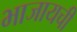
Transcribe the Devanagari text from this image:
भाजायची